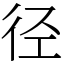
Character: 径